Plague in India, 1896, 1897 - Volume 2
Year: 1896
Disease focus: Plague
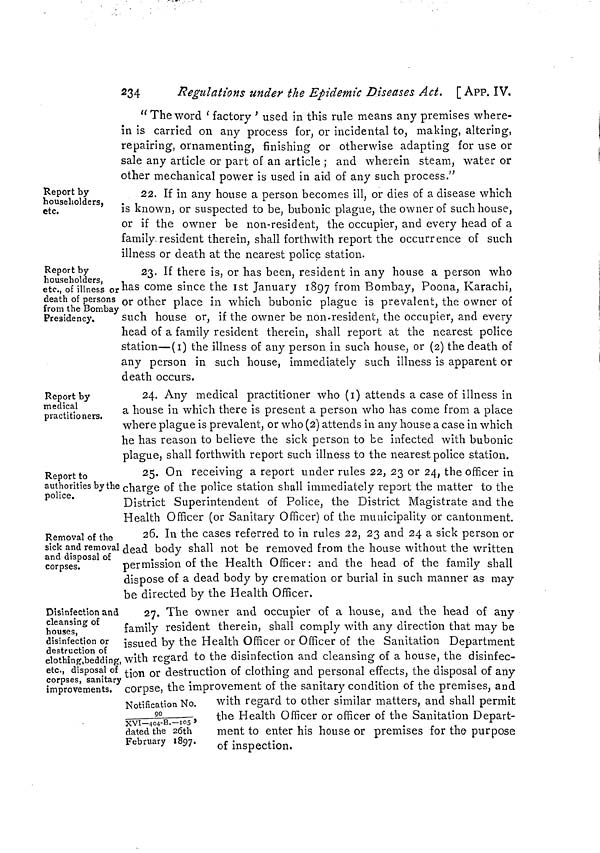
234
Regulations under the Epidemic Diseases Act. [ APP. IV.
" The word ' factory ' used in this rule means any premises where-
in is carried on any process for, or incidental to, making, altering,
repairing, ornamenting, finishing or otherwise adapting for use or
sale any article or part of an article ; and wherein steam, water or
other mechanical power is used in aid of any such process."
Report by
householders,
etc.
22. If in any house a person becomes ill, or dies of a disease which
is known, or suspected to be, bubonic plague, the owner of such house,
or if the owner be non-resident, the occupier, and every head of a
family.resident therein, shall forthwith report the occurrence of such
illness or death at the nearest police station.
Report by
householders,
etc., of illness or
death of persons
from the Bombay
Presidency.
23. If there is, or has been, resident in any house a person who
has come since the 1st January 1897 from Bombay, Poona, Karachi,
or other place in which bubonic plague is prevalent, the owner of
such house or, if the owner be non-resident, the occupier, and every
head of a family resident therein, shall report at the nearest police
station—(I) the illness of any person in such house, or (2) the death of
any person in such house, immediately such illness is apparent or
death occurs.
Report by
medical
practitioners.
24. Any medical practitioner who (I) attends a case of illness in
a house in which there is present a person who has come from a place
where plague is prevalent, or who (2) attends in any house a case in which
he has reason to believe the sick person to be infected with bubonic
plague, shall forthwith report such illness to the nearest police station.
Report to
authorities by the
police.
25. On receiving a report under rules 22, 23 or 24, the officer in
charge of the police station shall immediately report the matter to the
District Superintendent of Police, the District Magistrate and the
Health Officer (or Sanitary Officer) of the municipality or cantonment.
Removal of the
sick and removal
and disposal of
corpses.
26. In the cases referred to in rules 22, 23 and 24 a sick person or
dead body shall not be removed from the house without the written
permission of the Health Officer: and the head of the family shall
dispose of a dead body by cremation or burial in such manner as may
be directed by the Health Officer.
Disinfection and
cleansing of
houses,
disinfection or
destruction of
clothing.bedding,
etc., disposal of
corpses, sanitary
improvements.
27. The owner and occupier of a house, and the head of any
family resident therein, shall comply with any direction that may be
issued by the Health Officer or Officer of the Sanitation Department
with regard to the disinfection and cleansing of a house, the disinfec-
tion or destruction of clothing and personal effects, the disposal of any
corpse, the improvement of the sanitary condition of the premises, and
with regard to other similar matters, and shall permit
the Health Officer or officer of the Sanitation Depart-
ment to enter his house or premises for the purpose
of inspection.
Notification No.
90
XVI—404-B.—105,
dated the 26th
February 1897.